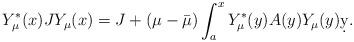
LaTeX: \begin{align*} Y_\mu^*(x)JY_\mu(x)= J+ (\mu-\bar\mu)\int_a^xY_\mu^*(y)A(y)Y_\mu(y)\d y.\end{align*}